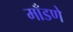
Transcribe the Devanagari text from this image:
माँडणे